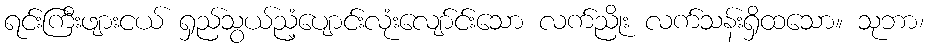
ရင်းကြီးဖျားငယ် ရှည်သွယ်ညံ့ပျောင်းလုံးလျော်င်းသော လက်ညိုး လက်သန်းရှိထသော။ သုဘာ၊